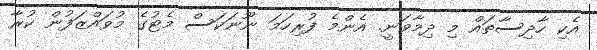
އެކި ހާދިސާތައް މި ދިމާވަނީ. އެންމެ ފުރިހަމަ ނޫނަކަސް މެޓުގެ މުވައްޒަފުން ކުރާ